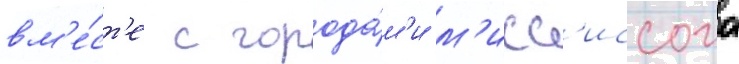
вм'е́ст'е с города́м'и м'исс'иссога